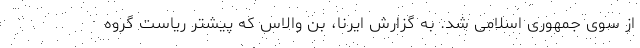
از سوی جمهوری اسلامی شد. به گزارش ایرنا، بن والاس که پیشتر ریاست گروه